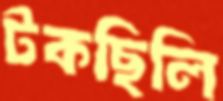
টকছিলি